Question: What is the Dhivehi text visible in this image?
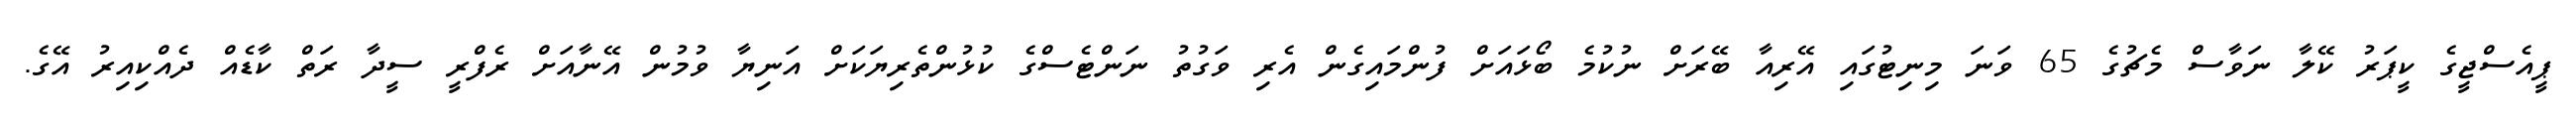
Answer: ޕީއެސްޖީގެ ކީޕަރު ކޭލާ ނަވާސް މެޗުގެ 65 ވަނަ މިނިޓުގައި އޭރިއާ ބޭރަށް ނުކުމެ ބޯޅައަށް ފުންމައިގެން އެރި ވަގުތު ނަންޓެސްގެ ކުޅުންތެރިޔަކަށް އަނިޔާ ވުމުން އޭނާއަށް ރެފްރީ ސީދާ ރަތް ކާޑެއް ދެއްކިއިރު އޭގެ.